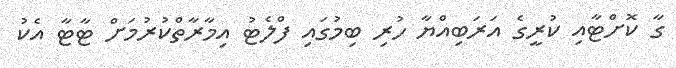
ގާ ކޮށްޓާއި ކުރީގެ އަރަބިއްޔާ ހުރި ބިމުގައި ފްލެޓު އިމާރާތްކުރުމަށް ޓާޓާ އެކު